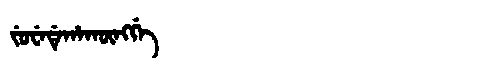
Manchu: ᠵᡠᠸᡝᡩᡝᡥᠠᡴᡡᠩᡤᡝ
Romanization: JUWEDEHAKŪNGGE